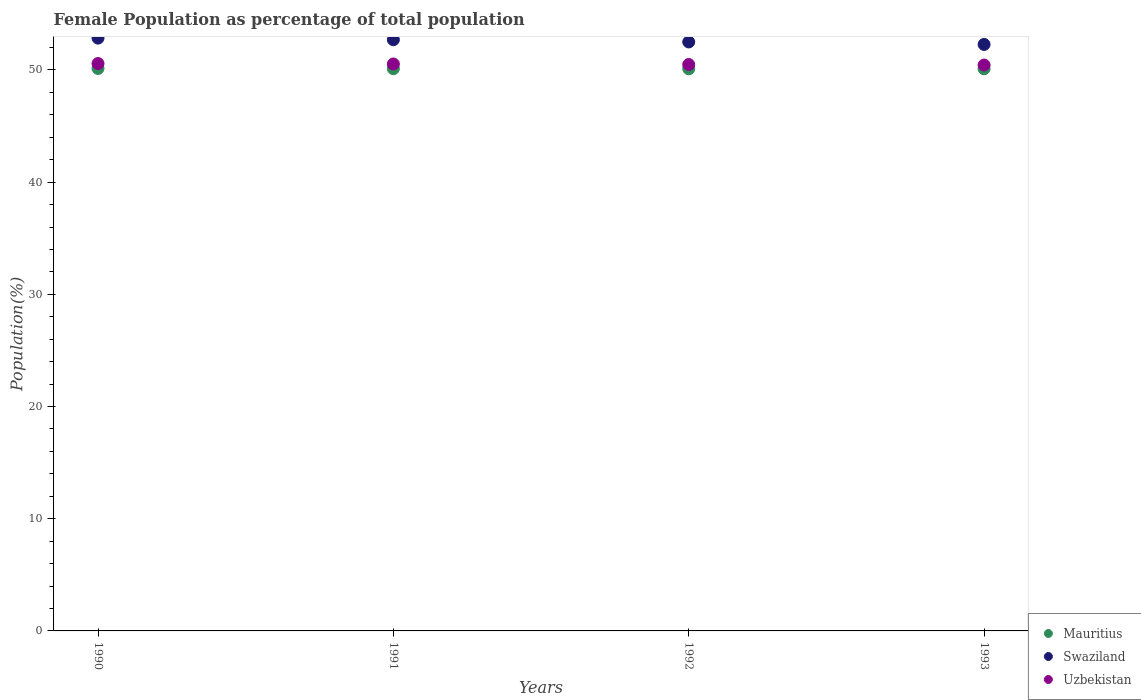
| Years | Mauritius | Swaziland | Uzbekistan |
 | --- | --- | --- | --- |
 | 1990 | 50.1 | 52.8 | 50.6 |
 | 1991 | 50.1 | 52.7 | 50.5 |
 | 1992 | 50.1 | 52.5 | 50.5 |
 | 1993 | 50.1 | 52.3 | 50.4 |